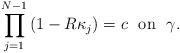
LaTeX: \begin{align*}\prod_{j=1}^{N-1} \left( 1-R\kappa_j\right) = c\ \mbox{ on }\ \gamma.\end{align*}